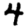
Digit: 4